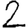
Digit: 2